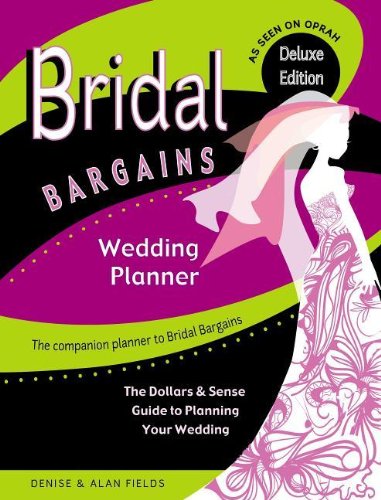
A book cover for Bridal Bargains Wedding Planner: The Dollars & Sense Guide To Planning Your Wedding; Denise Fields; Crafts, Hobbies & Home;